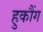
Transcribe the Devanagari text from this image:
हुकौंग